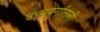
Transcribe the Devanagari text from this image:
उच्चवर्गातली